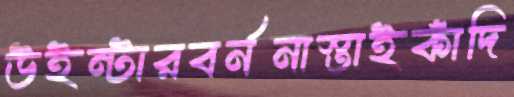
উইন্টারবর্ননাস্তাইকাঁদি